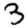
Digit: 3